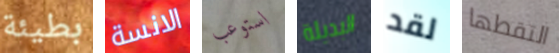
بطيئة الانسة استوعب البديلة لقد التقطها